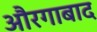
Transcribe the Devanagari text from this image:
औरगाबाद